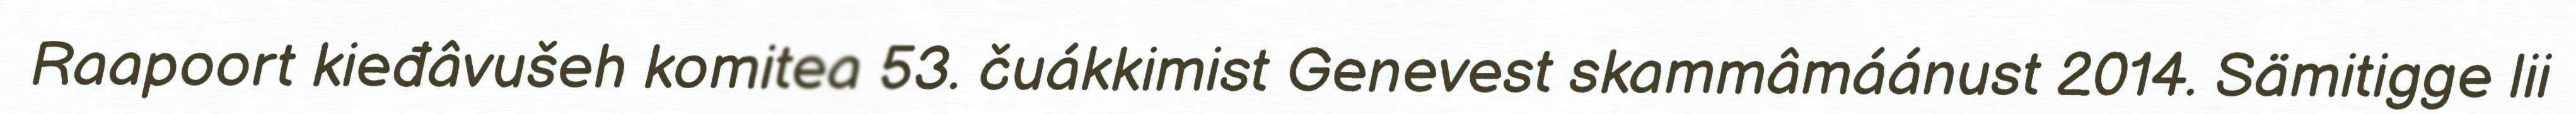
Raapoort kieđâvušeh komitea 53. čuákkimist Genevest skammâmáánust 2014. Sämitigge lii